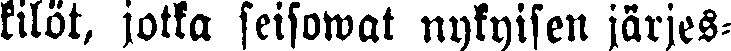
kilöt, jotka seisowat nykyisen järjes-